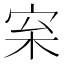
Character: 𪧌